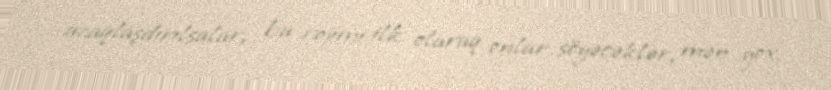
uzaqlaşdırılsalar, bu rejimi ilk olaraq onlar söyəcəklər, mən yox.